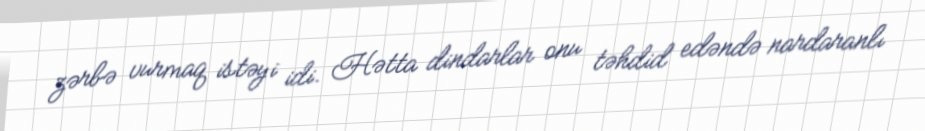
zərbə vurmaq istəyi idi. Hətta dindarlar onu təhdid edəndə nardaranlı